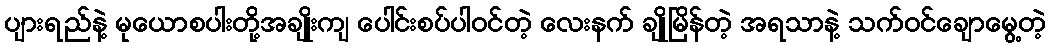
ပျားရည်နဲ့ မုယောစပါးတို့အချိုးကျ ပေါင်းစပ်ပါဝင်တဲ့ လေးနက် ချိုမြိန်တဲ့ အရသာနဲ့ သက်ဝင်ချောမွေ့တဲ့